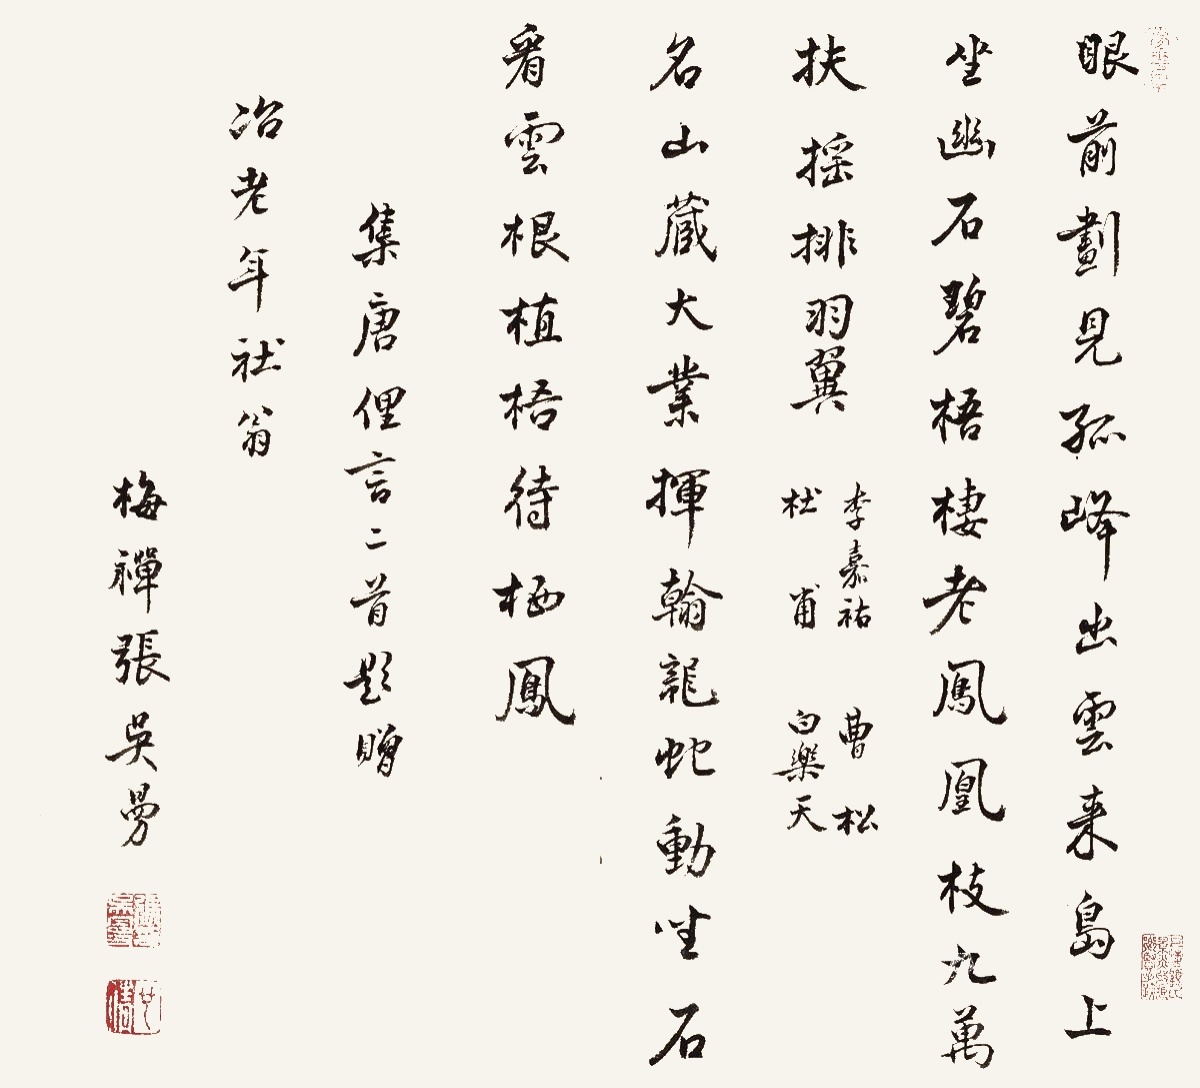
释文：眼前划见孤峰出，云来岛上坐幽石。碧梧栖老凤凰枝，九万扶摇排羽翼。李嘉佑、曹松、杜甫、白乐天。名山藏大业，挥翰龙蛇动。望石看云根，植梧待栖凤。集唐俚言二首，题赠冶老年社翁，梅禅张吴曼。